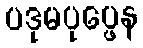
ပဒုမပုပ္ဖေန